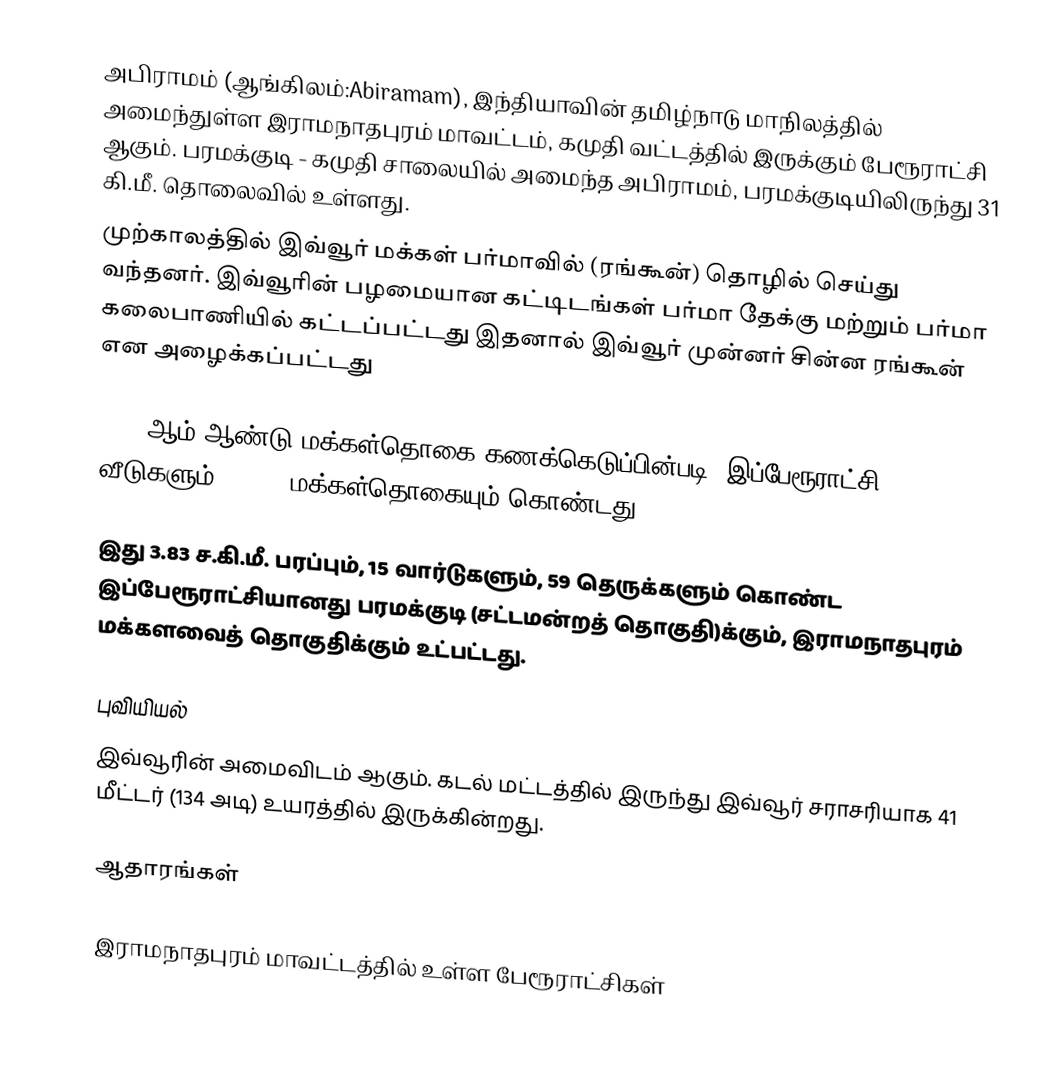
அபிராமம் (ஆங்கிலம்:Abiramam), இந்தியாவின் தமிழ்நாடு மாநிலத்தில் அமைந்துள்ள இராமநாதபுரம் மாவட்டம், கமுதி வட்டத்தில் இருக்கும் பேரூராட்சி ஆகும். பரமக்குடி - கமுதி சாலையில் அமைந்த அபிராமம்,  பரமக்குடியிலிருந்து 31 கி.மீ. தொலைவில் உள்ளது.
முற்காலத்தில் இவ்வூர் மக்கள் பர்மாவில் (ரங்கூன்) தொழில் செய்து வந்தனர். இவ்வூரின் பழமையான கட்டிடங்கள் பர்மா தேக்கு மற்றும் பர்மா கலைபாணியில் கட்டப்பட்டது இதனால் இவ்வூர் முன்னர் சின்ன ரங்கூன் என அழைக்கப்பட்டது

2011-ஆம் ஆண்டு மக்கள்தொகை கணக்கெடுப்பின்படி,   இப்பேரூராட்சி 1,930 வீடுகளும்,  8,144 மக்கள்தொகையும் கொண்டது.

இது 3.83 ச.கி.மீ. பரப்பும்,   15 வார்டுகளும், 59 தெருக்களும் கொண்ட இப்பேரூராட்சியானது  பரமக்குடி (சட்டமன்றத் தொகுதி)க்கும், இராமநாதபுரம் மக்களவைத் தொகுதிக்கும் உட்பட்டது.

புவியியல்
இவ்வூரின் அமைவிடம்  ஆகும். கடல் மட்டத்தில் இருந்து இவ்வூர் சராசரியாக 41 மீட்டர் (134 அடி) உயரத்தில் இருக்கின்றது.

ஆதாரங்கள்

இராமநாதபுரம் மாவட்டத்தில் உள்ள பேரூராட்சிகள்